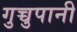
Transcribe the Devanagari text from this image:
गुच्चुपानी